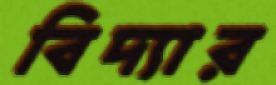
বিদ্যার